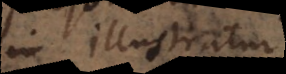
in illustratur,